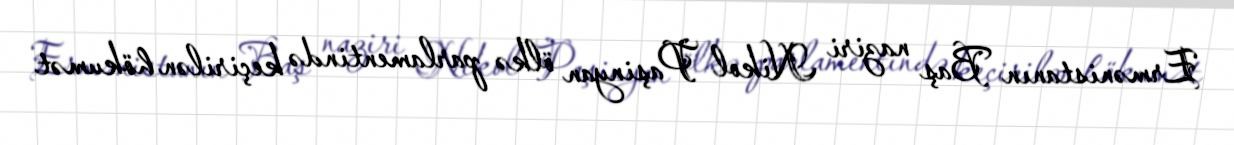
Ermənistanın Baş naziri Nikol Paşinyan ölkə parlamentində keçirilən hökumət